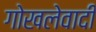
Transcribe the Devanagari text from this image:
गोखलेवादी